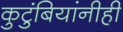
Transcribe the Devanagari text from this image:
कुटुंबियांनीही